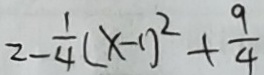
2 - \frac { 1 } { 4 } ( x - 1 ) ^ { 2 } + \frac { 9 } { 4 }